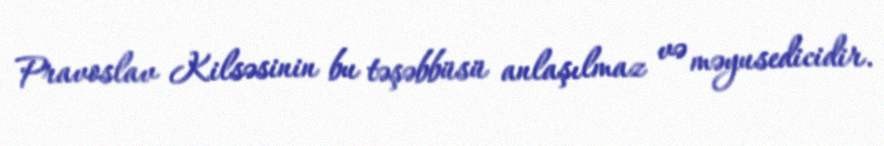
Pravoslav Kilsəsinin bu təşəbbüsü anlaşılmaz və məyusedicidir.